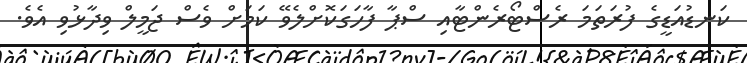
ކަނޑުއަޑީގެ ފުރަތަމަ ރެސްޓޯރެންޓާއި ސްޕާ ފާހަގަކޮށްލެވޭ ކަމަށް ވެސް ޖަމީލް ވިދާޅުވި އެވެ.